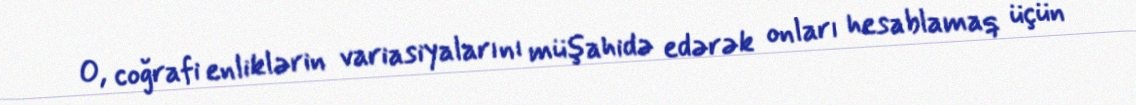
O, coğrafi enliklərin variasiyalarını müşahidə edərək onları hesablamaq üçün